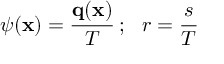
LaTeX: { \boldsymbol { \psi } } ( \mathbf { x } ) = { \cfrac { \mathbf { q } ( \mathbf { x } ) } { T } } ~ ; ~ ~ r = { \cfrac { s } { T } }